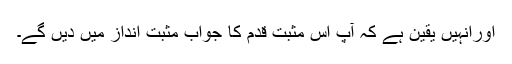
اورانہیں یقین ہے کہ آپ اس مثبت قدم کا جواب مثبت انداز میں دیں گے۔